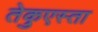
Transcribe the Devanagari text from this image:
तेकुएस्ता